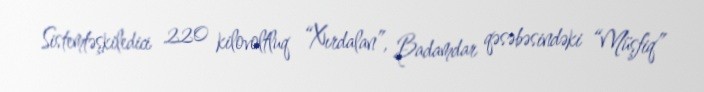
Sistemtəşkiledici 220 kilovoltluq “Xırdalan”, Badamdar qəsəbəsindəki “Müşfiq”